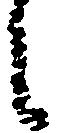
々